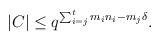
LaTeX: \begin{align*} |C|\leq q^{ \sum_{i=j}^t m_in_i- m_j\delta}.\end{align*}